65_HS1-834228961_62-HQ-83894_SUB_A
Agency: FBI
Page 12
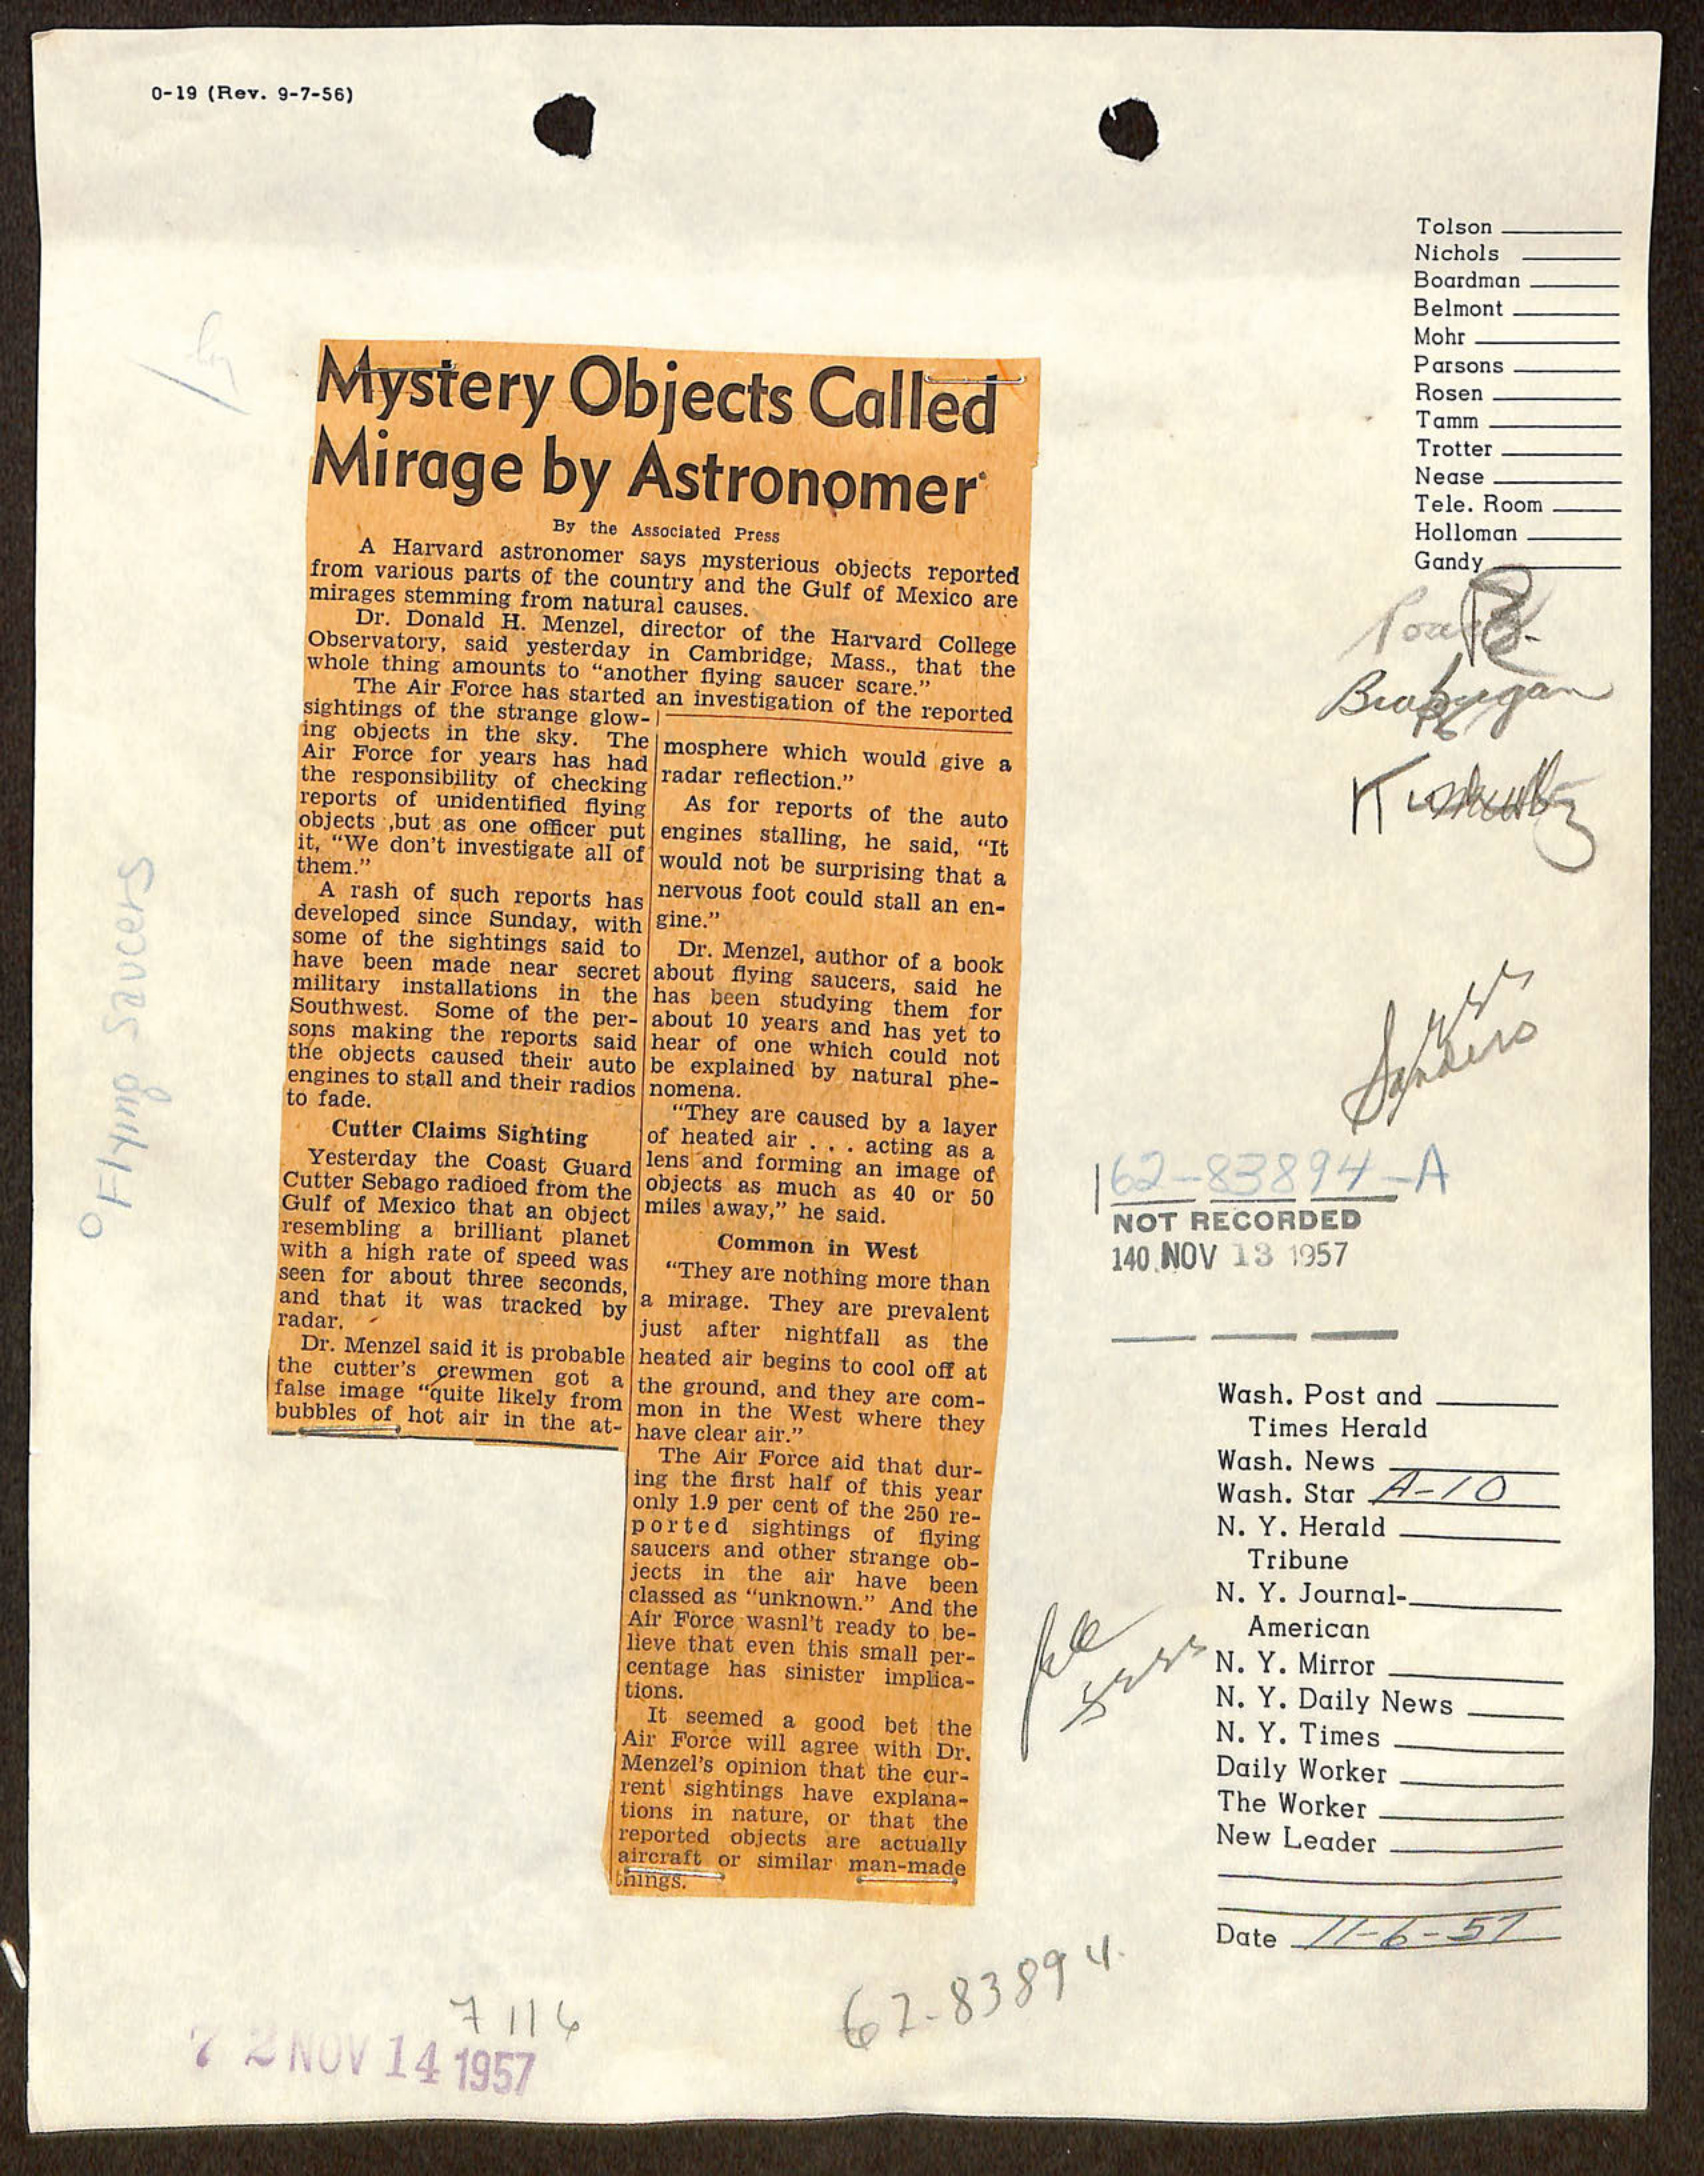